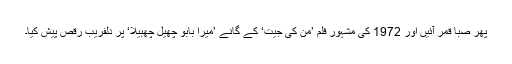
پھر صبا قمر آئیں اور 1972 کی مشہور فلم ’من کی جیت‘ کے گانے ’میرا بابو چھیل چھبیلا‘ پر دلفریب رقص پیش کیا۔